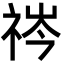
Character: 𬒻